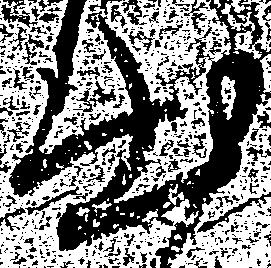
出